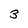
Character: 3